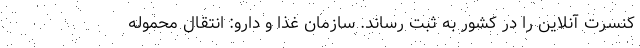
کنسرت آنلاین را در کشور به ثبت رساند. سازمان غذا و دارو: انتقال محموله